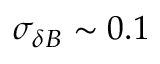
\sigma _ { \delta B } \sim 0 . 1